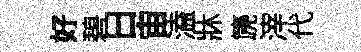
好碧日宙溘牀篪滓代